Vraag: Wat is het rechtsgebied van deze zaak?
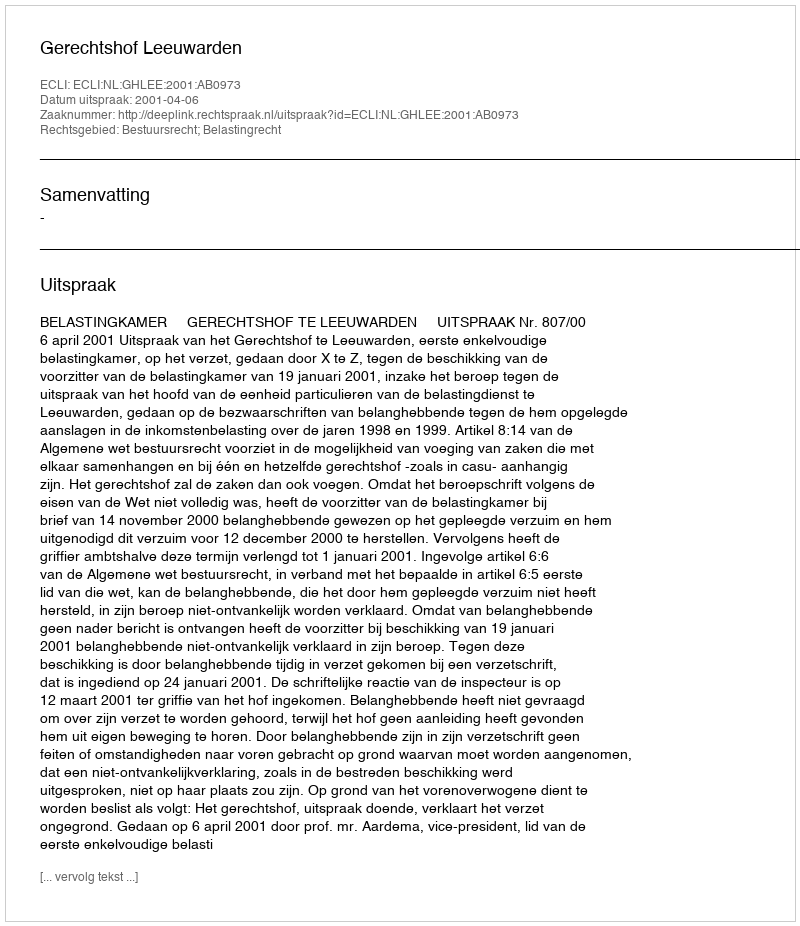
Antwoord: Bestuursrecht; Belastingrecht